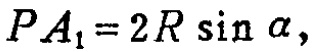
\(PA_{1}=2R\sin\alpha,\)